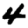
Digit: 4